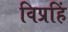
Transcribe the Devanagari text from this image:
विप्रहिं